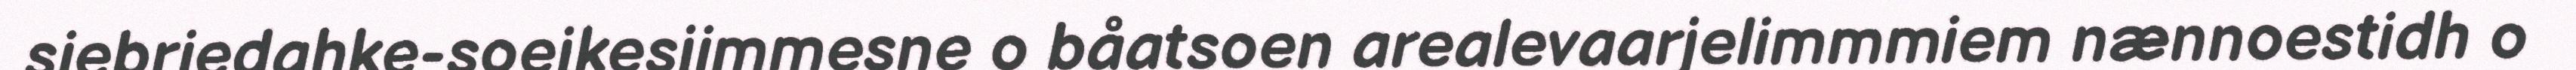
siebriedahke-soejkesjimmesne o båatsoen arealevaarjelimmmiem nænnoestidh o